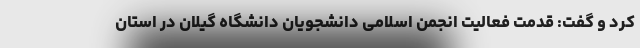
کرد و گفت: قدمت فعالیت انجمن اسلامی دانشجویان دانشگاه گیلان در استان